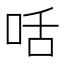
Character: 咶